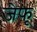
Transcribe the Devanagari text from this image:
जेफू